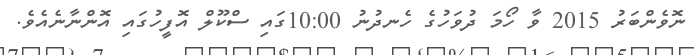
ނޮވެންބަރު 2015 ވާ ހޯމަ ދުވަހުގެ ހެނދުނު 10:00ގައި ސްކޫލް އޮފީހުގައި އޮންނާނެއެވެ.